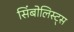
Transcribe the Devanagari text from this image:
सिंबोलिस्ट्स